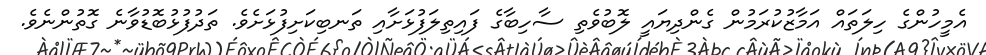
އެމީހުންގެ ހިލަތައް އަމާޒުކުރަމުން ގެންދިޔައީ ލޮބުވެތި ސާހިބާގެ ފައިތިލަފުޅަށާއި ތަނބިކަށިފުޅަށެވެ. ތަދުފުޅުބޮޑުވާނެ ގޮތުންނެވެ.